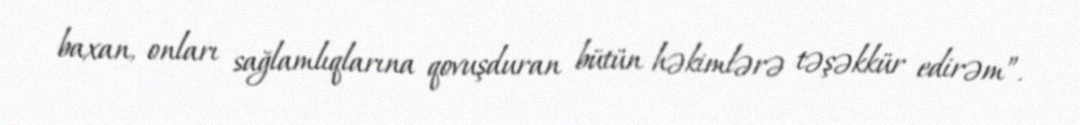
baxan, onları sağlamlıqlarına qovuşduran bütün həkimlərə təşəkkür edirəm”.